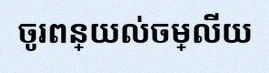
ចូរពន្យល់ចម្លើយ